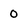
Character: 0